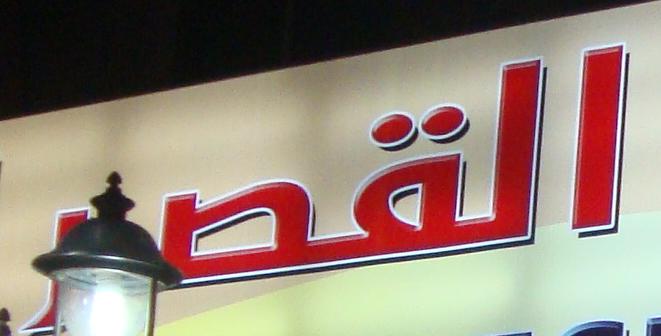
القصر